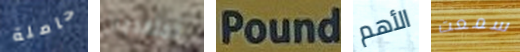
حاملة المتقدمين pound الأهم سمعت